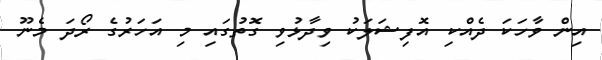
އިން ވާހަކަ ދެއްކި އޮފިޝަލަކު ވިދާޅުވި ގޮތުގައި މި އަހަރުގެ ރޯދަ މެނޫ